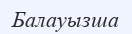
Балауызша